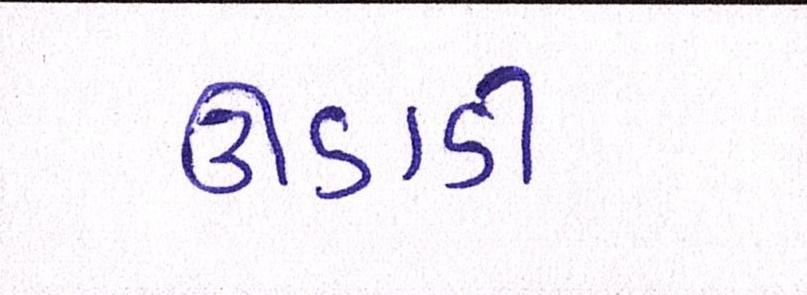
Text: ઊડાડી